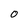
Character: O